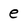
Character: e